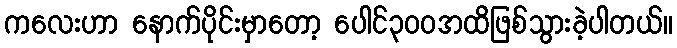
ကလေးဟာ နောက်ပိုင်းမှာတော့ ပေါင်၃၀၀အထိဖြစ်သွားခဲ့ပါတယ်။